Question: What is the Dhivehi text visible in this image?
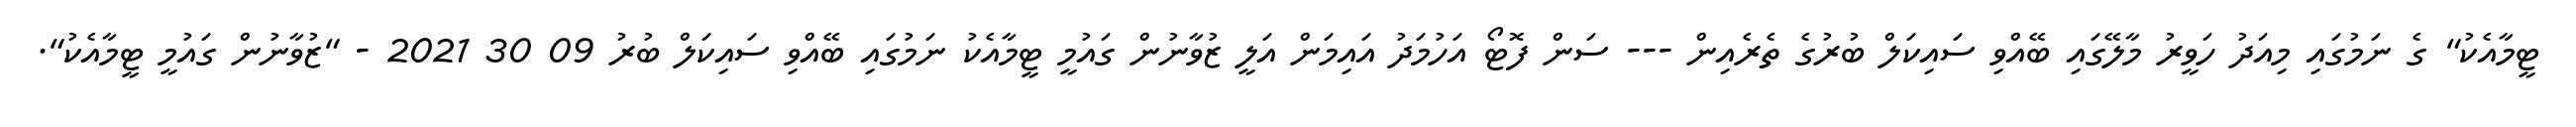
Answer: ޓީމާއެކު" ގެ ނަމުގައި މިއަދު ހަވީރު މާލޭގައި ބޭއްވި ސައިކަލް ބުރުގެ ތެރެއިން --- ސަން ފޮޓޯ އަހުމަދު އައިމަން އަލީ ޒުވާނުން ގައުމީ ޓީމާއެކު ނަމުގައި ބޭއްވި ސައިކަލް ބުރު 09 30 2021 - "ޒުވާނުން ގައުމީ ޓީމާއެކު".